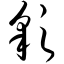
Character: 彩